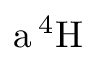
\mathrm { a \, ^ { 4 } H }